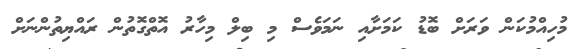
މުހިއްމުކަން ވަރަށް ބޮޑު ކަމަށާއި ނަމަވެސް މި ބިލް މިހާރު އޮތްގޮތުން ރައްޔިތުންނަށް